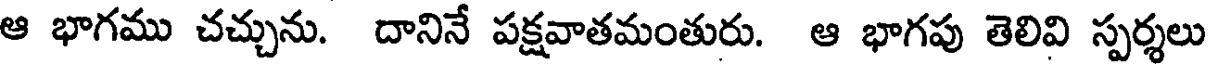
ఆ భాగము చచ్చును. దానినే పక్షవాతమంతురు. ఆ భాగపు తెలివి స్పర్శలు